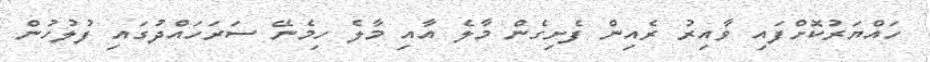
ހައްޔަރުކޮށްފައި ވާއިރު ރެއިން ފެށިގެން މާލެ އާއި މާލެ ހިމެނޭ ސަރަހައްދުގައި ފުލުހުން